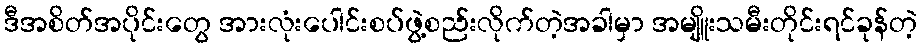
ဒီအစိတ်အပိုင်းတွေ အားလုံးပေါင်းစပ်ဖွဲ့စည်းလိုက်တဲ့အခါမှာ အမျိူးသမီးတိုင်းရင်ခုန်တဲ့